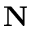
\mathbf { N }